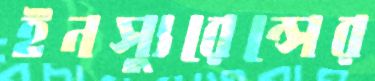
ইনস্যুরেন্সের